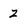
Character: Z